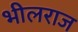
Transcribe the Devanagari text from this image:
भीलराज